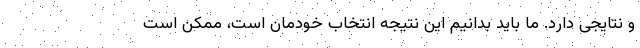
و نتایجی دارد. ما باید بدانیم این نتیجه انتخاب خودمان است، ممکن است